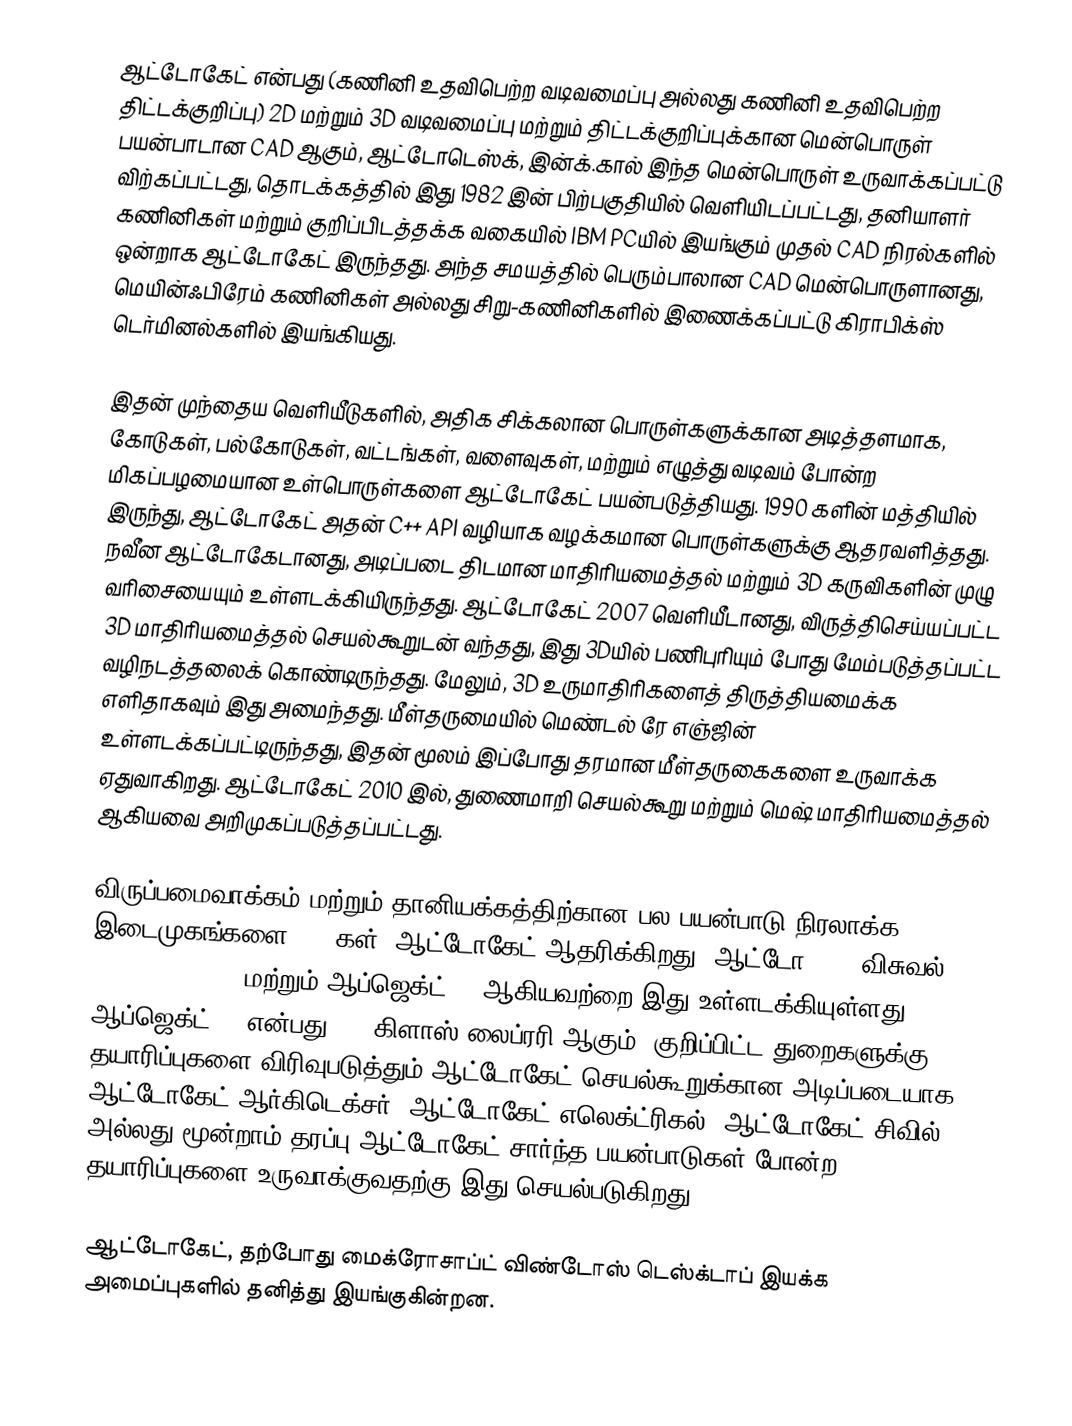
ஆட்டோகேட் என்பது (கணினி உதவிபெற்ற வடிவமைப்பு அல்லது கணினி உதவிபெற்ற திட்டக்குறிப்பு) 2D மற்றும் 3D வடிவமைப்பு மற்றும் திட்டக்குறிப்புக்கான மென்பொருள் பயன்பாடான CAD ஆகும், ஆட்டோடெஸ்க், இன்க்.கால் இந்த மென்பொருள் உருவாக்கப்பட்டு விற்கப்பட்டது, தொடக்கத்தில் இது 1982 இன் பிற்பகுதியில் வெளியிடப்பட்டது, தனியாளர் கணினிகள் மற்றும் குறிப்பிடத்தக்க வகையில் IBM PCயில் இயங்கும் முதல் CAD நிரல்களில் ஒன்றாக ஆட்டோகேட் இருந்தது. அந்த சமயத்தில் பெரும்பாலான CAD மென்பொருளானது, மெயின்ஃபிரேம் கணினிகள் அல்லது சிறு-கணினிகளில் இணைக்கப்பட்டு கிராபிக்ஸ் டெர்மினல்களில் இயங்கியது.

இதன் முந்தைய வெளியீடுகளில், அதிக சிக்கலான பொருள்களுக்கான அடித்தளமாக, கோடுகள், பல்கோடுகள், வட்டங்கள், வளைவுகள், மற்றும் எழுத்து வடிவம் போன்ற மிகப்பழமையான உள்பொருள்களை ஆட்டோகேட் பயன்படுத்தியது. 1990 களின் மத்தியில் இருந்து, ஆட்டோகேட் அதன் C++ API வழியாக வழக்கமான பொருள்களுக்கு ஆதரவளித்தது. நவீன ஆட்டோகேடானது, அடிப்படை திடமான மாதிரியமைத்தல் மற்றும் 3D கருவிகளின் முழு வரிசையையும் உள்ளடக்கியிருந்தது. ஆட்டோகேட் 2007 வெளியீடானது, விருத்திசெய்யப்பட்ட 3D மாதிரியமைத்தல் செயல்கூறுடன் வந்தது, இது 3Dயில் பணிபுரியும் போது மேம்படுத்தப்பட்ட வழிநடத்தலைக் கொண்டிருந்தது. மேலும், 3D உருமாதிரிகளைத் திருத்தியமைக்க எளிதாகவும் இது அமைந்தது. மீள்தருமையில் மெண்டல் ரே எஞ்ஜின் உள்ளடக்கப்பட்டிருந்தது, இதன் மூலம் இப்போது தரமான மீள்தருகைகளை உருவாக்க ஏதுவாகிறது. ஆட்டோகேட் 2010 இல், துணைமாறி செயல்கூறு மற்றும் மெஷ் மாதிரியமைத்தல் ஆகியவை அறிமுகப்படுத்தப்பட்டது.

விருப்பமைவாக்கம் மற்றும் தானியக்கத்திற்கான பல பயன்பாடு நிரலாக்க இடைமுகங்களை (APIகள்) ஆட்டோகேட் ஆதரிக்கிறது. ஆட்டோLISP, விசுவல் LISP, VBA, .NET மற்றும் ஆப்ஜெக்ட்ARX ஆகியவற்றை இது உள்ளடக்கியுள்ளது. ஆப்ஜெக்ட்ARX என்பது C++ கிளாஸ் லைப்ரரி ஆகும், குறிப்பிட்ட துறைகளுக்கு தயாரிப்புகளை விரிவுபடுத்தும் ஆட்டோகேட் செயல்கூறுக்கான அடிப்படையாக ஆட்டோகேட் ஆர்கிடெக்சர், ஆட்டோகேட் எலெக்ட்ரிகல், ஆட்டோகேட் சிவில் 3D, அல்லது மூன்றாம் தரப்பு ஆட்டோகேட்-சார்ந்த பயன்பாடுகள் போன்ற தயாரிப்புகளை உருவாக்குவதற்கு இது செயல்படுகிறது.

ஆட்டோகேட், தற்போது மைக்ரோசாப்ட் விண்டோஸ் டெஸ்க்டாப் இயக்க அமைப்புகளில் தனித்து இயங்குகின்றன.